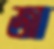
জা